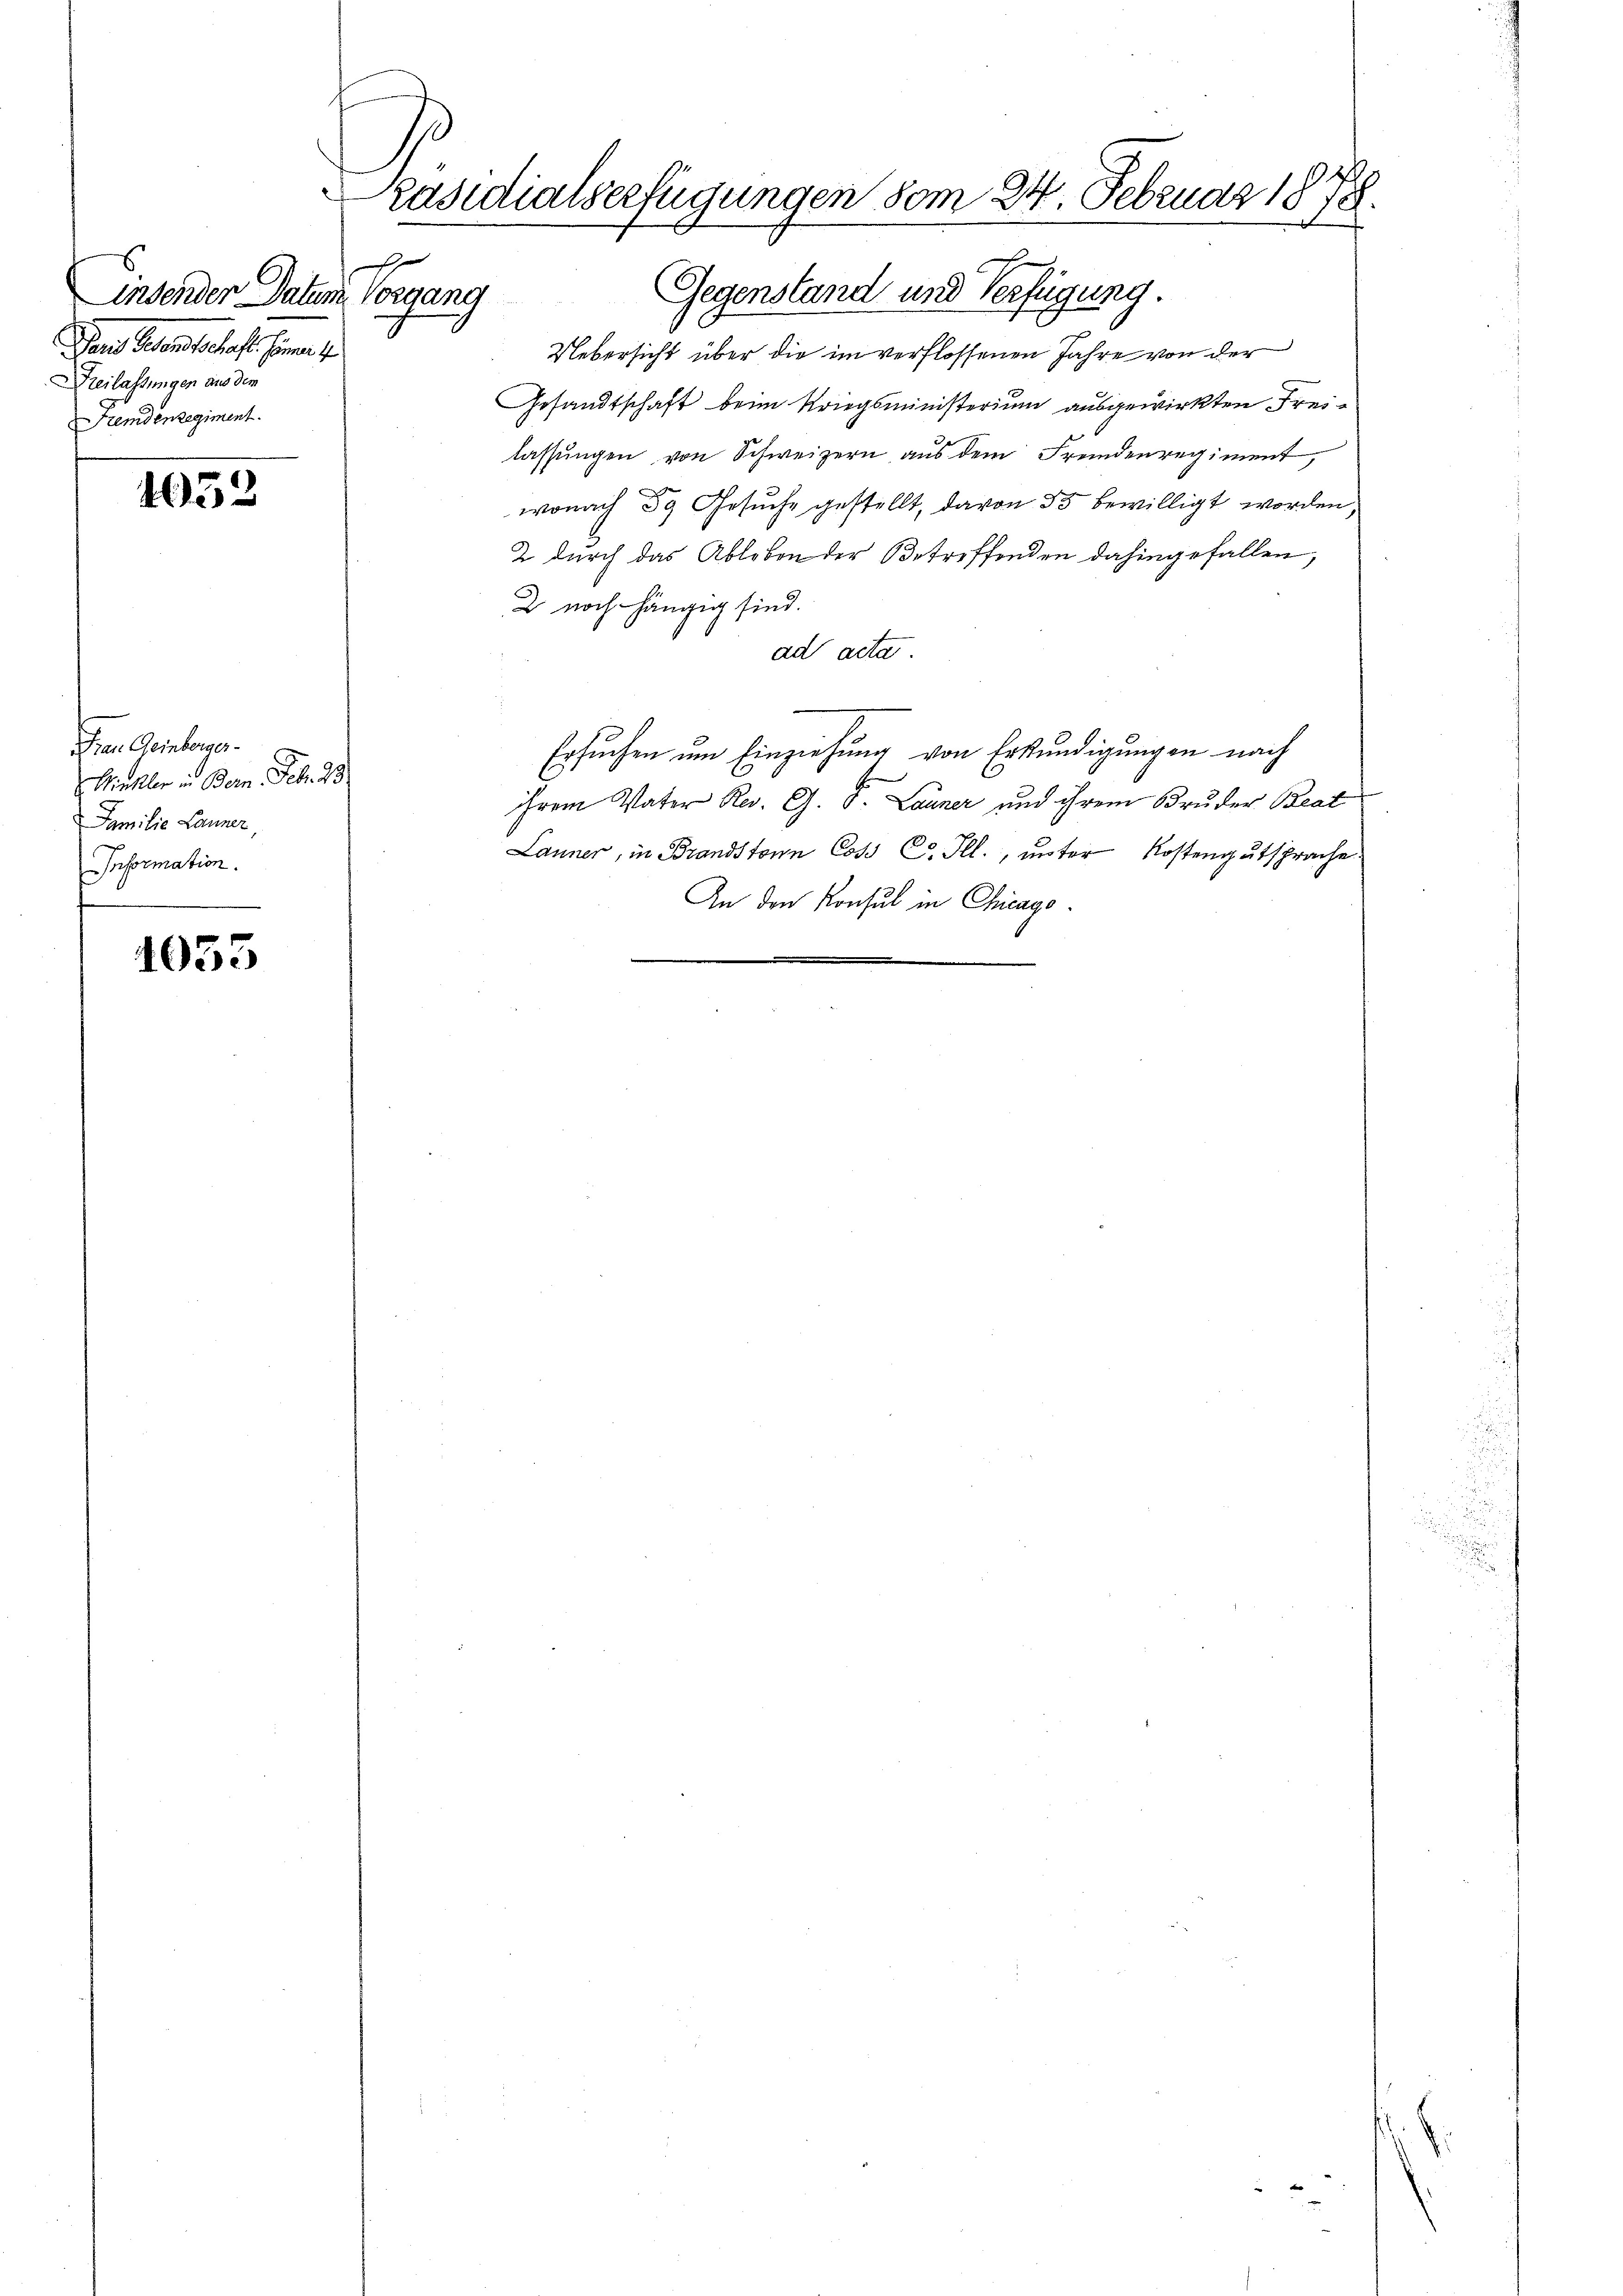
n
insenden Datum, Vorgang
Dans Gesandtschaft. Einer 1
reilassungen aus dem
Fremdenregiment.

4052

Frau Geinberger¬
Winkler in Bern. Feb. 23.
Familie Launer,
Information.

1035

Präsidialserfügungen vom 24. Februar 1878.

Gegenstand und Verfügung.
Uebersicht über die im verflossenen Jahre von der
Gesandtschaft beim Kriegsministerium ausgewirkten Freilassungen von Schweizern aus dem Fremdenregiment,
wonach 59 Gesuche gestellt, davon 35 bewilligt worden,
2 durch das Ableben der Betreffenden dahingefallen,
2 noch hängig sind.
ad acta
Ersŭchen ŭm Einziehŭng von Erkŭndigungen nach
ihrem Vater Reg. G. P. Launer und ihrem Bruder Beat
Launer, in Brandstonn Coss C. Ill., unter Kostengutsprache
An den Konsul in Chicago